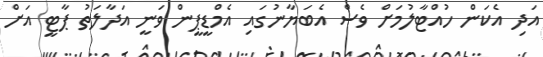
އަދި އެކަން ހުއްޓާލުމަށް ވެސް އެބަޔާނުގައި އެމްޑީޕީން ވަނީ އަދާލަތު ޕާޓީ އަށް